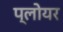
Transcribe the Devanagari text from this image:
प्लोयर